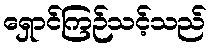
ရှောင်ကြဉ်သင့်သည်